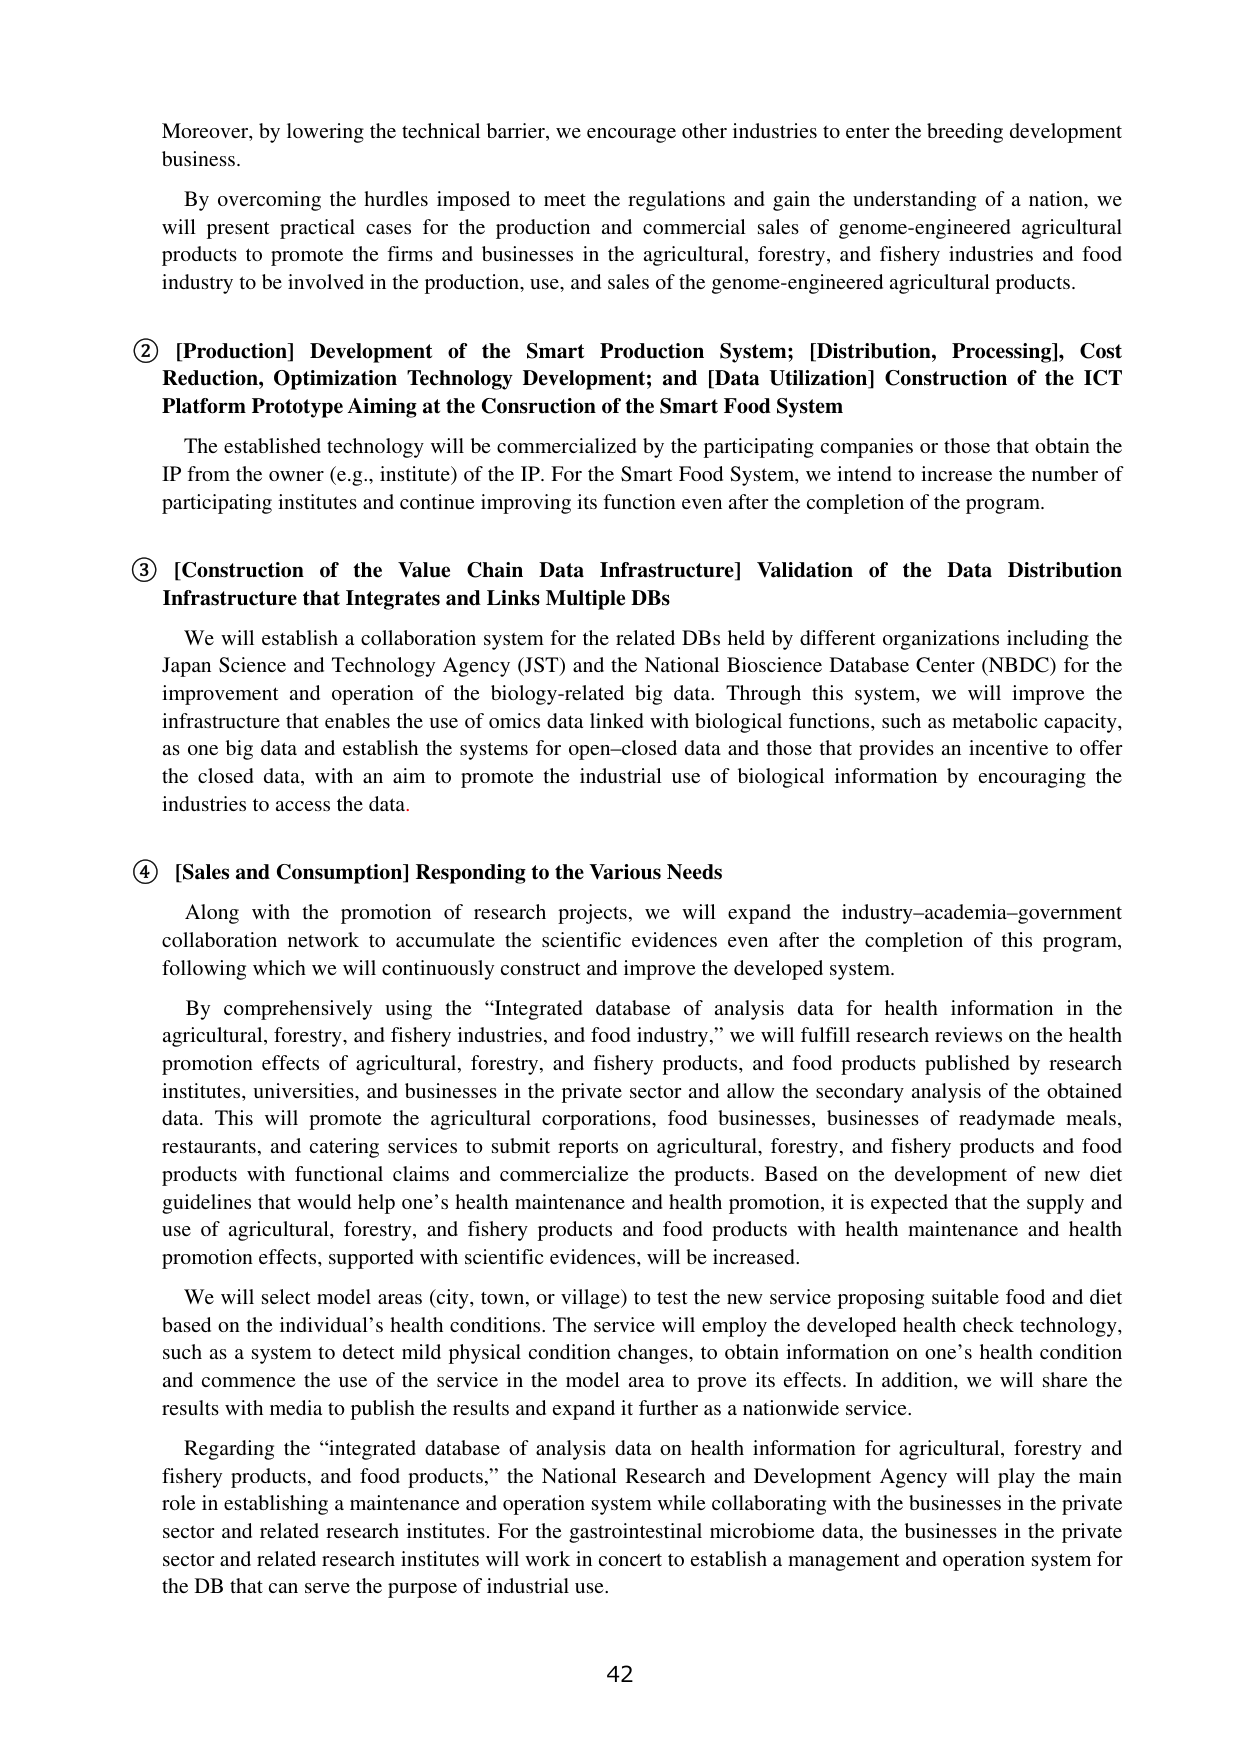
Moreover, by lowering the technical barrier, we encourage other industries to enter the breeding development business.

By overcoming the hurdles imposed to meet the regulations and gain the understanding of a nation, we will present practical cases for the production and commercial sales of genome-engineered agricultural products to promote the firms and businesses in the agricultural, forestry, and fishery industries and food industry to be involved in the production, use, and sales of the genome-engineered agricultural products.

② [Production] Development of the Smart Production System; [Distribution, Processing], Cost Reduction, Optimization Technology Development; and [Data Utilization] Construction of the ICT Platform Prototype Aiming at the Construction of the Smart Food System

The established technology will be commercialized by the participating companies or those that obtain the IP from the owner (e.g., institute) of the IP. For the Smart Food System, we intend to increase the number of participating institutes and continue improving its function even after the completion of the program.

③ [Construction of the Value Chain Data Infrastructure] Validation of the Data Distribution Infrastructure that Integrates and Links Multiple DBs

We will establish a collaboration system for the related DBs held by different organizations including the Japan Science and Technology Agency (JST) and the National Bioscience Database Center (NBDC) for the improvement and operation of the biology-related big data. Through this system, we will improve the infrastructure that enables the use of omics data linked with biological functions, such as metabolic capacity, as one big data and establish the systems for open-closed data and those that provides an incentive to offer the closed data, with an aim to promote the industrial use of biological information by encouraging the industries to access the data.

④ [Sales and Consumption] Responding to the Various Needs

Along with the promotion of research projects, we will expand the industry-academia-government collaboration network to accumulate the scientific evidences even after the completion of this program, following which we will continuously construct and improve the developed system.

By comprehensively using the “Integrated database of analysis data for health information in the agricultural, forestry, and fishery industries, and food industry,” we will fulfill research reviews on the health promotion effects of agricultural, forestry, and fishery products, and food products published by research institutes, universities, and businesses in the private sector and allow the secondary analysis of the obtained data. This will promote the agricultural corporations, food businesses, businesses of readymade meals, restaurants, and catering services to submit reports on agricultural, forestry, and fishery products and food products with functional claims and commercialize the products. Based on the development of new diet guidelines that would help one’s health maintenance and health promotion, it is expected that the supply and use of agricultural, forestry, and fishery products and food products with health maintenance and health promotion effects, supported with scientific evidences, will be increased.

We will select model areas (city, town, or village) to test the new service proposing suitable food and diet based on the individual’s health conditions. The service will employ the developed health check technology, such as a system to detect mild physical condition changes, to obtain information on one’s health condition and commence the use of the service in the model area to prove its effects. In addition, we will share the results with media to publish the results and expand it further as a nationwide service.

Regarding the “integrated database of analysis data on health information for agricultural, forestry and fishery products, and food products,” the National Research and Development Agency will play the main role in establishing a maintenance and operation system while collaborating with the businesses in the private sector and related research institutes. For the gastrointestinal microbiome data, the businesses in the private sector and related research institutes will work in concert to establish a management and operation system for the DB that can serve the purpose of industrial use.

42